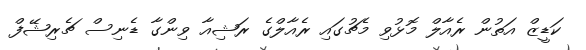
ކަޑީޒް އަތުން ރެއާލް މޮޅުވި މެޗުގައި ރެއާލްގެ ރަޝިއާ ވިންގާ ޑެނިސް ޗެރިޝޭފް